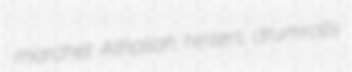
marchet Athaliah hinters drumrolls